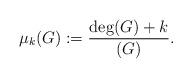
LaTeX: \begin{align*}\mu_k(G) := \frac{\deg(G)+k}{(G)}.\end{align*}